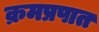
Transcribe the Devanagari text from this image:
क्रमप्रपात